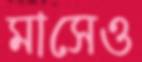
মাসেও